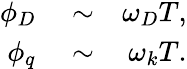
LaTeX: \begin{array}{rlr}{\phi_{D}}&{{}\sim}&{\omega_{D}T,}\\ {\phi_{q}}&{{}\sim}&{\omega_{k}T.}\end{array}